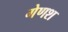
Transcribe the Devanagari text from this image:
गेणश